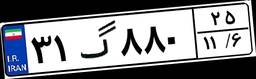
۳۸گ۸۰۹۷۲